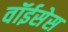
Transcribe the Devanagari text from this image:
वॉईसेस